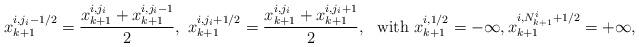
LaTeX: \begin{align*} x_{k+1}^{i, j_i-1/2} = \frac{ x_{k+1}^{i,j_i} + x_{k+1}^{i, j_i-1} }{2}, \ x_{k+1}^{i,j_i+1/2} = \frac{x_{k+1}^{i,j_i} + x_{k+1}^{i, j_i+1} }{2}, \ \textrm{ with } x_{k+1}^{i,1/2} = -\infty, x_{k+1}^{i, N^i_{k+1}+1/2} =+\infty, \end{align*}